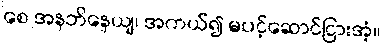
စေ အနဘိနေယျ၊ အကယ်၍ မပင့်ဆောင်ငြားအံ့။